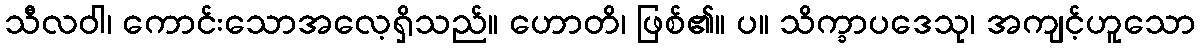
သီလဝါ၊ ကောင်းသောအလေ့ရှိသည်။ ဟောတိ၊ ဖြစ်၏။ ပ။ သိက္ခာပဒေသု၊ အကျင့်ဟူသော